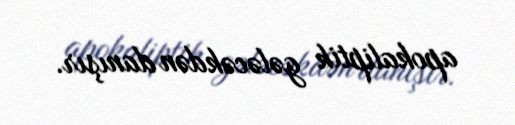
apokaliptik gələcəkdən danışır.